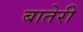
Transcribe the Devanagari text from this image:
बातेरी